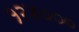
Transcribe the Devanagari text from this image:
१२४०००